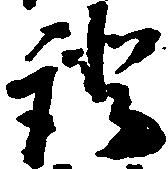
証